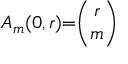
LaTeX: A _ { m } ( 0 , r ) { = } { \binom { r } { m } }